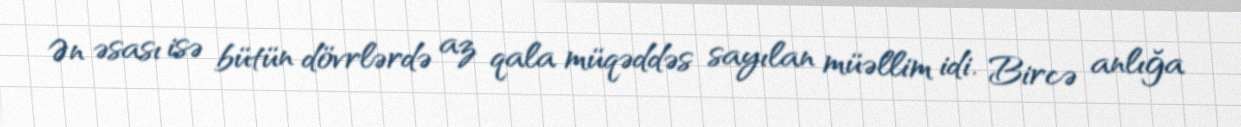
Ən əsası isə bütün dövrlərdə az qala müqəddəs sayılan müəllim idi. Bircə anlığa